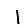
Digit: 1